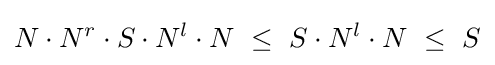
N\cdot N^{r}\cdot S\cdot N^{l}\cdot N~\leq ~S\cdot N^{l}\cdot N~\leq ~S